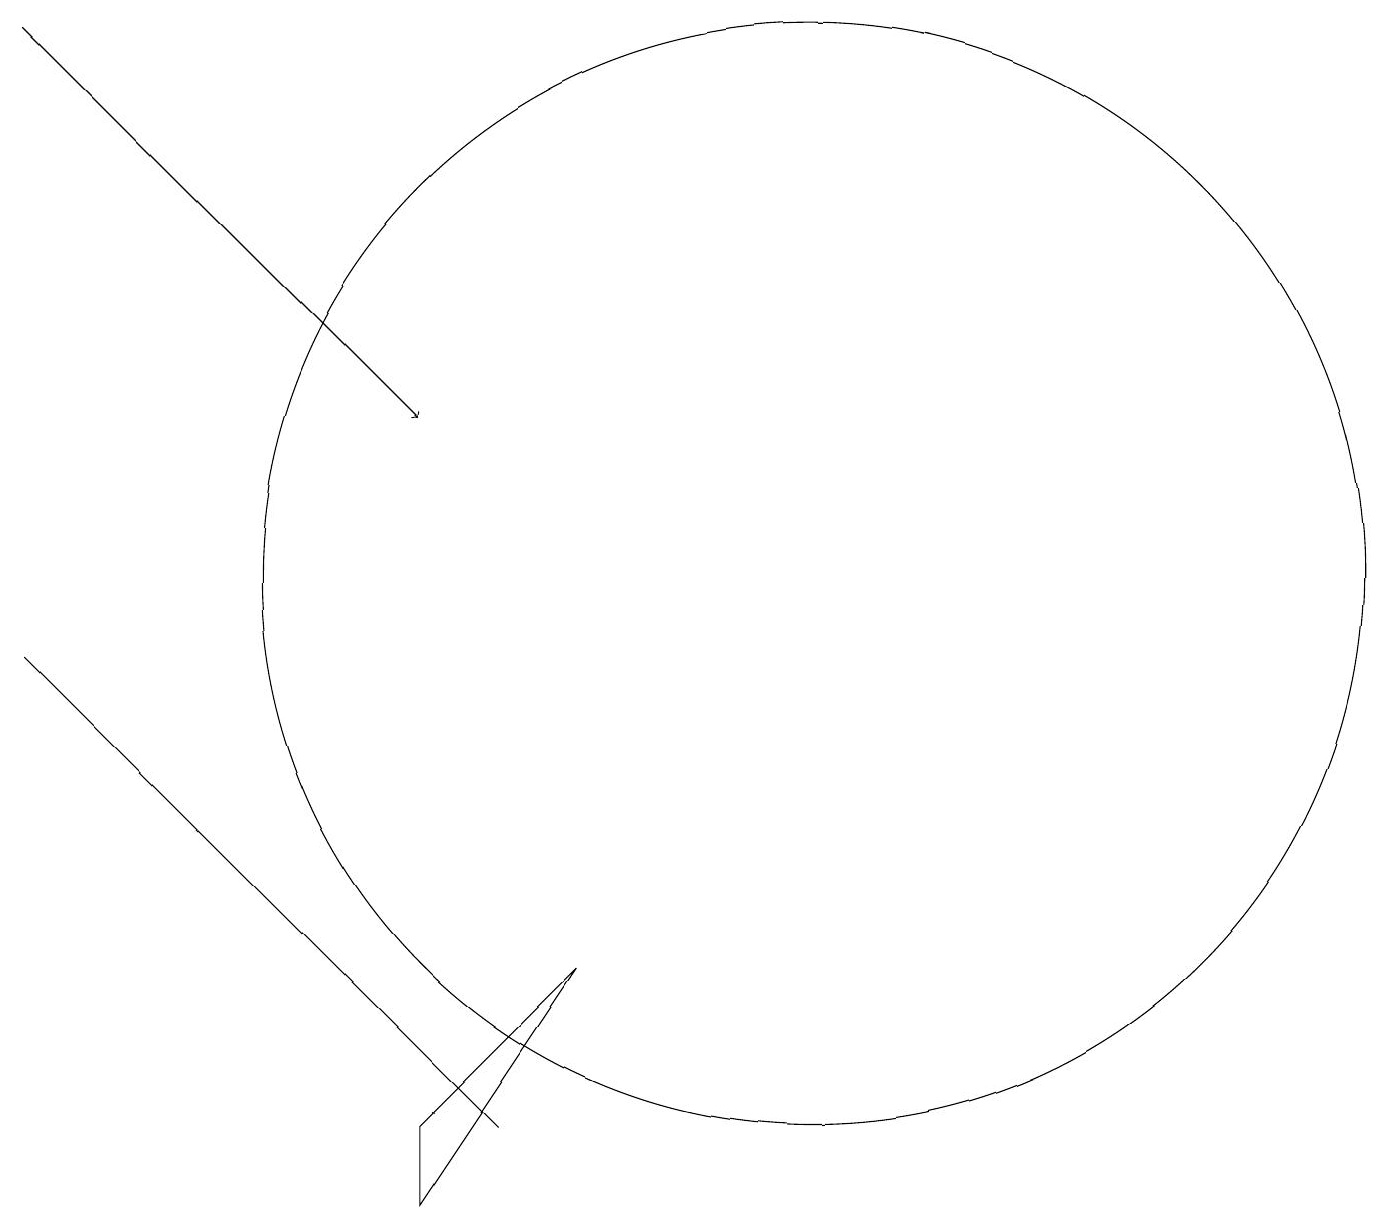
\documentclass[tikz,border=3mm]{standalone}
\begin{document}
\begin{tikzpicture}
\draw (5,3) -- (7,5) -- (5,2) -- cycle;
\draw[->] (0,17) -- (5,12);
\draw (6,3) -- (6,3) -- (0,9) -- cycle;
\draw (10,10) circle (7);
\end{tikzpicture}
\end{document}